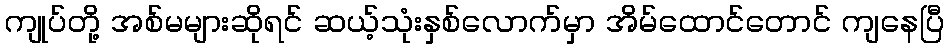
ကျုပ်တို့ အစ်မများဆိုရင် ဆယ့်သုံးနှစ်လောက်မှာ အိမ်ထောင်တောင် ကျနေပြီ